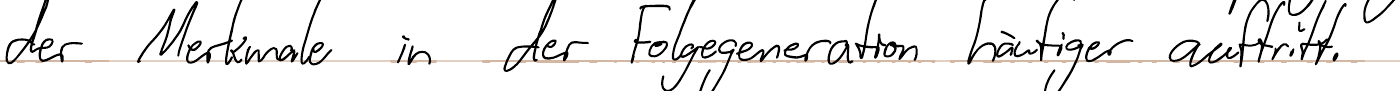
der Merkmale in der Folgegeneration häufiger auftritt.